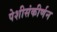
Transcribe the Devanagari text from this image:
पेशीसंकीर्णन